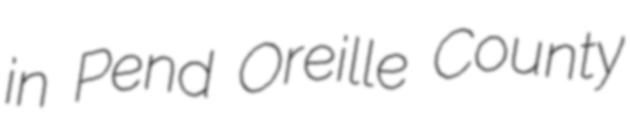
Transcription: in Pend Oreille County